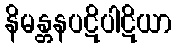
နိမန္တနပဋိပါဋိယာ